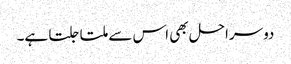
دوسراحل بھی اس سے ملتا جلتا ہے۔